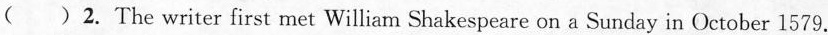
( ) 2. The writer first met William Shakespeare on a Sunday in October 1579.